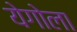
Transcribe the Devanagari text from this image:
येगोला